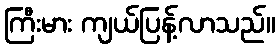
ကြီးမား ကျယ်ပြန့်လာသည်။